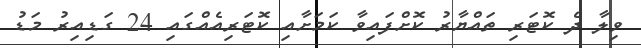
ވިލާ ދެ ކޮޓަރި ތައްޔާރު ކޮށްފައިވާ ކަމަށާއި ކޮޓަރިއެއްގައި 24 ގަޑިއިރު މަޑު